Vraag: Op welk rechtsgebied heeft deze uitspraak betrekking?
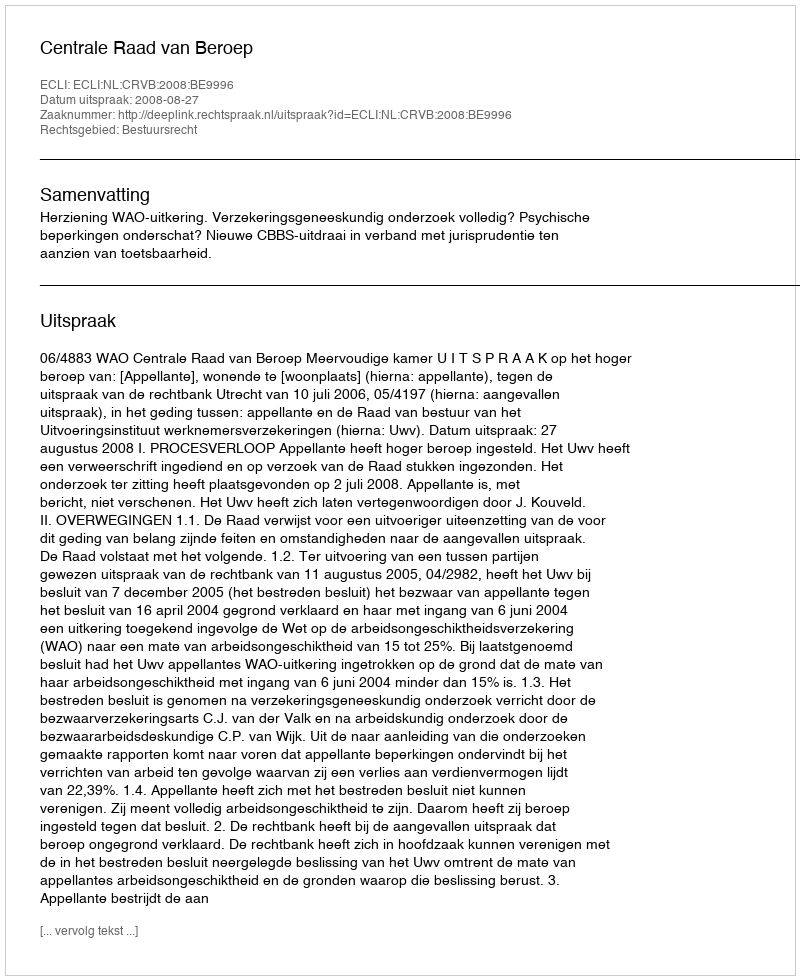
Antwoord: Bestuursrecht